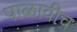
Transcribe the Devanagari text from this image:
पाळावीच